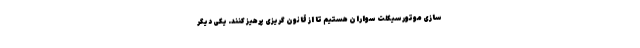
سازی موتورسیکلت سواران هستیم تا از قانون گریزی پرهیز کنند. یکی دیگر